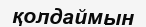
қолдаймын